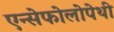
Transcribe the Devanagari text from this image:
एन्सेफोलोपेथी